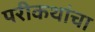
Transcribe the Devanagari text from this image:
परीकथांचा